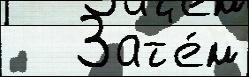
   Зат'е́м